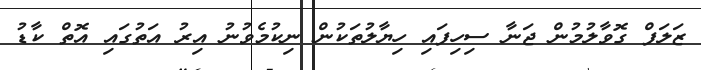
ޒަލަފް ގޮވާލުމުން ޖަނާ ސިހިފައި ހިޔާލުތަކުން ނިކުމެވުނު އިރު އަތުގައި އޮތް ކާޑު